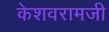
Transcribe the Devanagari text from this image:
केशवरामजी